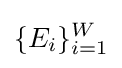
\{E_{i}\}_{i=1}^{W}